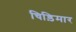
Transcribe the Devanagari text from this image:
चिड़िमार